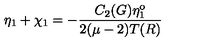
\eta _ { 1 } + \chi _ { 1 } = - \frac { C _ { 2 } ( G ) \eta _ { 1 } ^ { \mathrm { o } } } { 2 ( \mu - 2 ) T ( R ) }